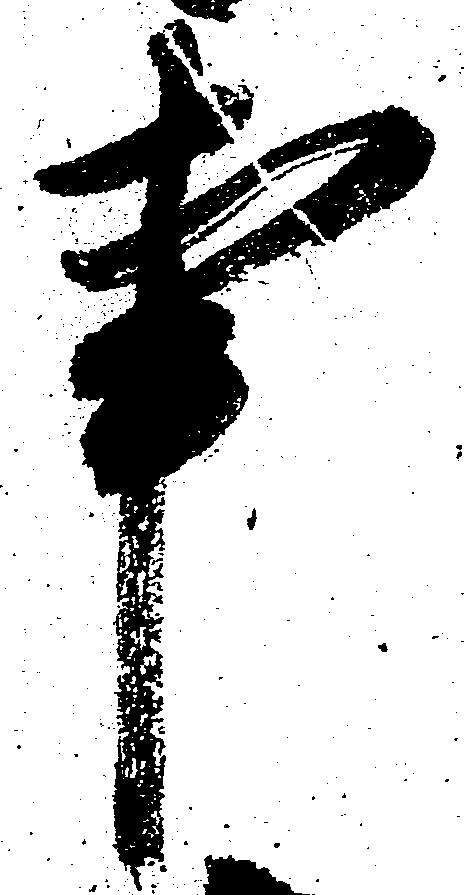
事